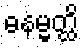
ဓနမ္မတ္ထိ